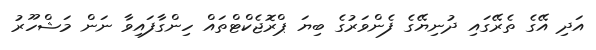
އަދި އޭގެ ތެރޭގައި ދުނިޔޭގެ ފެންވަރުގެ ބިޔަ ޕްރޮޖެކްޓްތައް ހިންގާފައިވާ ނަން މަޝްހޫރު